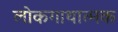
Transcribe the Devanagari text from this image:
लोकगाथात्मक